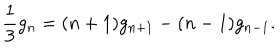
{ \frac { 1 } { 3 } } g _ { n } = ( n + 1 ) g _ { n + 1 } - ( n - 1 ) g _ { n - 1 } .